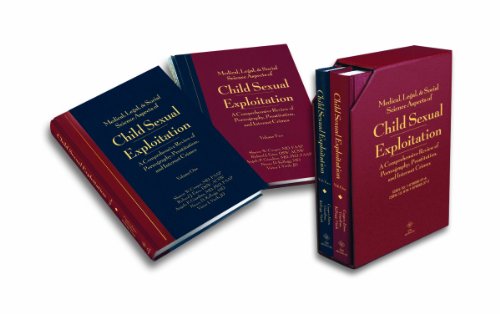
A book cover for Medical, Legal & Social Science Aspects of Child Sexual Exploitation: A Comprehensive Review of Pornography, Prostitution, and Internet Crimes, 2-Volume Set; Sharon W. Cooper MD  FAAP; Law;